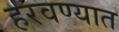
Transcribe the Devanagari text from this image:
हरवण्यात